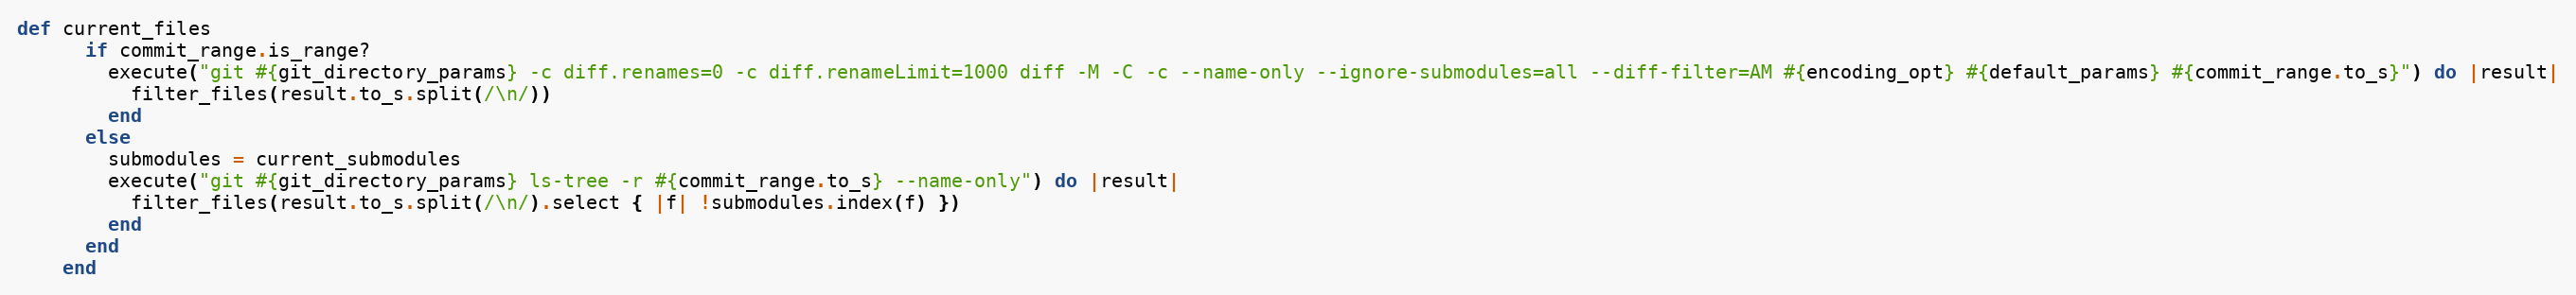
Language: Ruby
def current_files
      if commit_range.is_range?
        execute("git #{git_directory_params} -c diff.renames=0 -c diff.renameLimit=1000 diff -M -C -c --name-only --ignore-submodules=all --diff-filter=AM #{encoding_opt} #{default_params} #{commit_range.to_s}") do |result|
          filter_files(result.to_s.split(/\n/))
        end
      else
        submodules = current_submodules
        execute("git #{git_directory_params} ls-tree -r #{commit_range.to_s} --name-only") do |result|
          filter_files(result.to_s.split(/\n/).select { |f| !submodules.index(f) })
        end
      end
    end